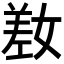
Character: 𫶯